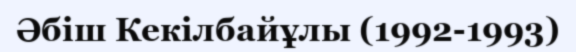
Әбіш Кекілбайұлы (1992-1993)